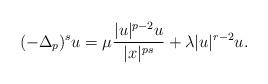
LaTeX: \begin{align*}(-\Delta_p)^su=\mu\frac{|u|^{p-2}u}{|x|^{ps}}+\lambda |u|^{r-2}u.\end{align*}